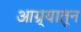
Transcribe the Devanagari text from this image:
आग्र्यातून